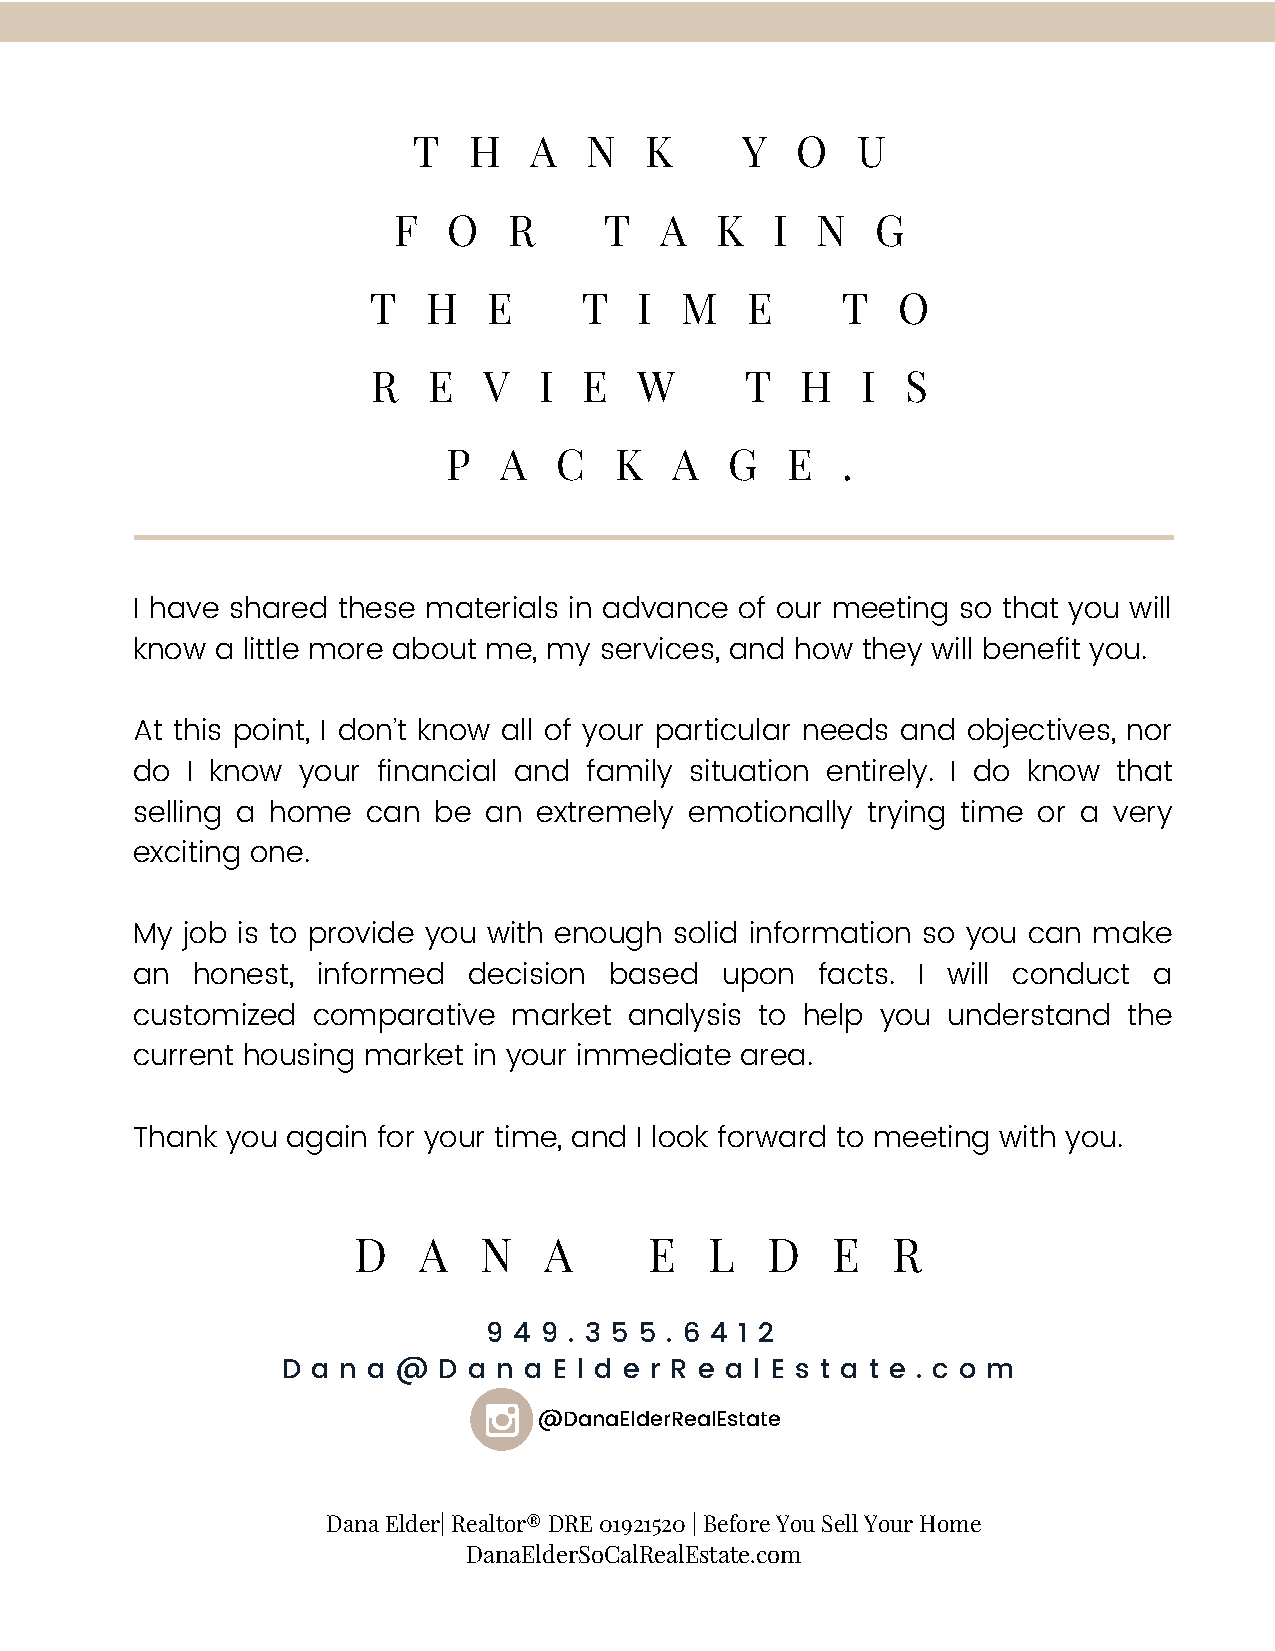
T   H   A   N   K     Y   O   U
 F   O   R     T   A  K   I  N   G
 T   H   E      T  I  M   E      T  O
 R  E   V   I  E  W      T   H   I  S
 P  A   C   K  A   G   E   .
 I have shared these materials in advance of our meeting so that you will
 know a little more about me, my services, and how they will benefit you.
 At this point, I don’t know all of your particular needs and objectives, nor
 do I know  your financial and family situation entirely. I do know that
 selling a home can  be an  extremely emotionally trying time or a very
 exciting one.
 My job is to provide you with enough solid information so you can make
 an  honest, informed  decision based   upon  facts. I will conduct a
 customized  comparative  market  analysis to help you understand  the
 current housing market in your immediate area.
 Thank you again for your time, and I look forward to meeting with you.
 D    A   N   A      E   L   D   E   R
 9 4 9 . 3 5 5 . 6 4 1 2
 D a n a @ D a n a E l d e r R e a l E s t a t e . c o m
 @DanaElderRealEstate
 Dana Elder| Realtor® DRE 01921520 | Before You Sell Your Home
 DanaElderSoCalRealEstate.com